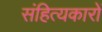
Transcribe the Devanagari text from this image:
संहित्यकारों